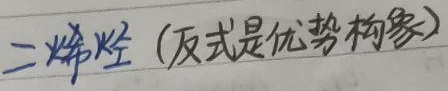
二烯烃（反式是优势构象）